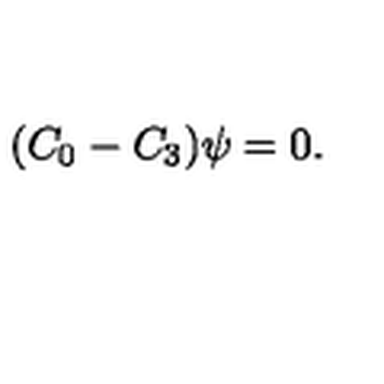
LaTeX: ( C _ { 0 } - C _ { 3 } ) \psi = 0 .